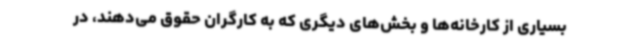
بسیاری از کارخانه‌ها و بخش‌های دیگری که به کارگران حقوق می‌دهند، در